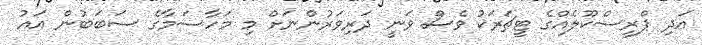
އަދި ޕްރީސްކޫލެއްގެ ޓީޗަރަކު ވެސް ވަނީ ދަރިވަރުންނަށް މި މަހާސަމާގެ ސަބަބުން އައު